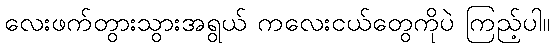
လေးဖက်တွားသွားအရွယ် ကလေးငယ်တွေကိုပဲ ကြည့်ပါ။